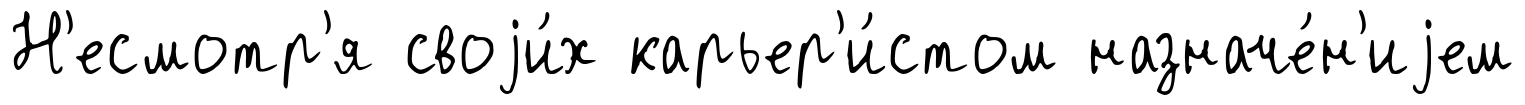
Н'есмотр'я своjи́х карьер'и́стом назначе́н'иjем